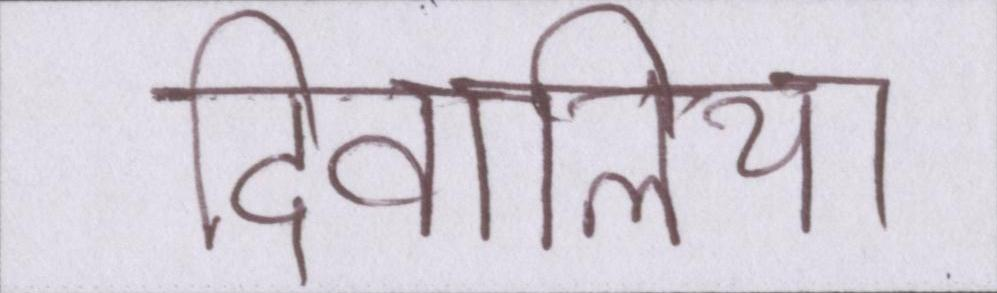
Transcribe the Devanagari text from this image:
दिवालिया